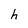
Character: h